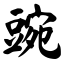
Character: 豌